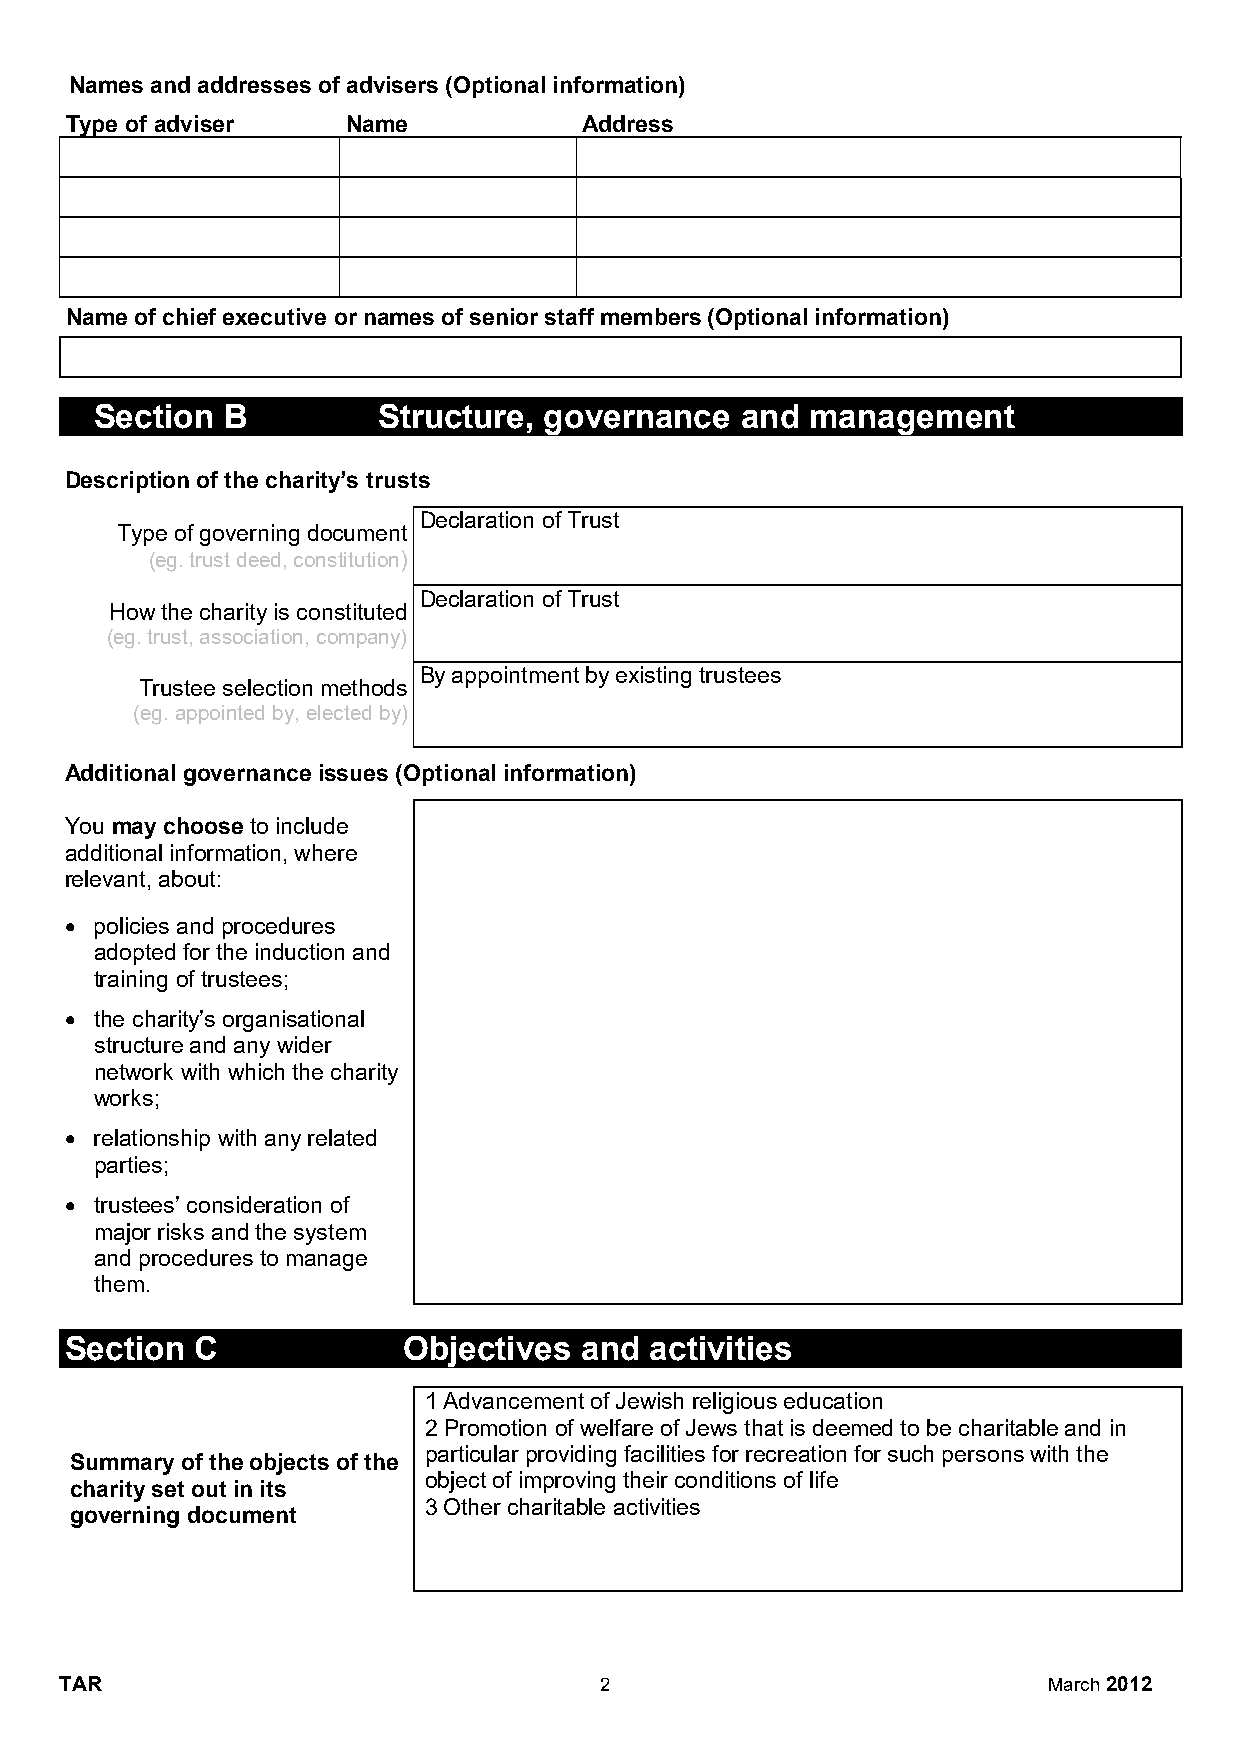
Names and addresses of advisers (Optional information)
 Type of adviser    Name            Address
 Name of chief executive or names of senior staff members (Optional information)
 Section  B         Structure, governance   and  management
 Description of the charity’s trusts
 Declaration of Trust
 Type of governing document
 (eg. trust deed, constitution)
 Declaration of Trust
 How the charity is constituted
 (eg. trust, association, company)
 By appointment by existing trustees
 Trustee selection methods
 (eg. appointed by, elected by)
 Additional governance issues (Optional information)
 You may choose to include
 additional information, where
 relevant, about:
  policies and procedures
 adopted for the induction and
 training of trustees;
  the charity’s organisational
 structure and any wider
 network with which the charity
 works;
  relationship with any related
 parties;
  trustees’ consideration of
 major risks and the system
 and procedures to manage
 them.
 Section  C             Objectives and  activities
 1 Advancement of Jewish religious education
 2 Promotion of welfare of Jews that is deemed to be charitable and in
 particular providing facilities for recreation for such persons with the
 Summary of the objects of the
 object of improving their conditions of life
 charity set out in its
 3 Other charitable activities
 governing document
 TAR                                 2                            March 2012